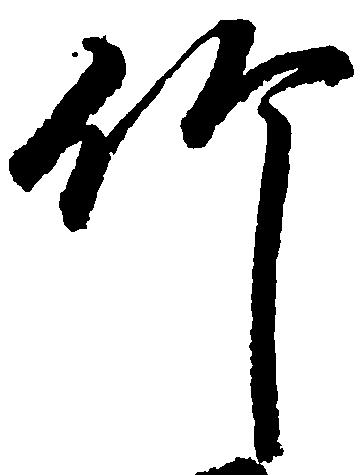
竹